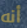
أنه